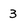
Character: 3